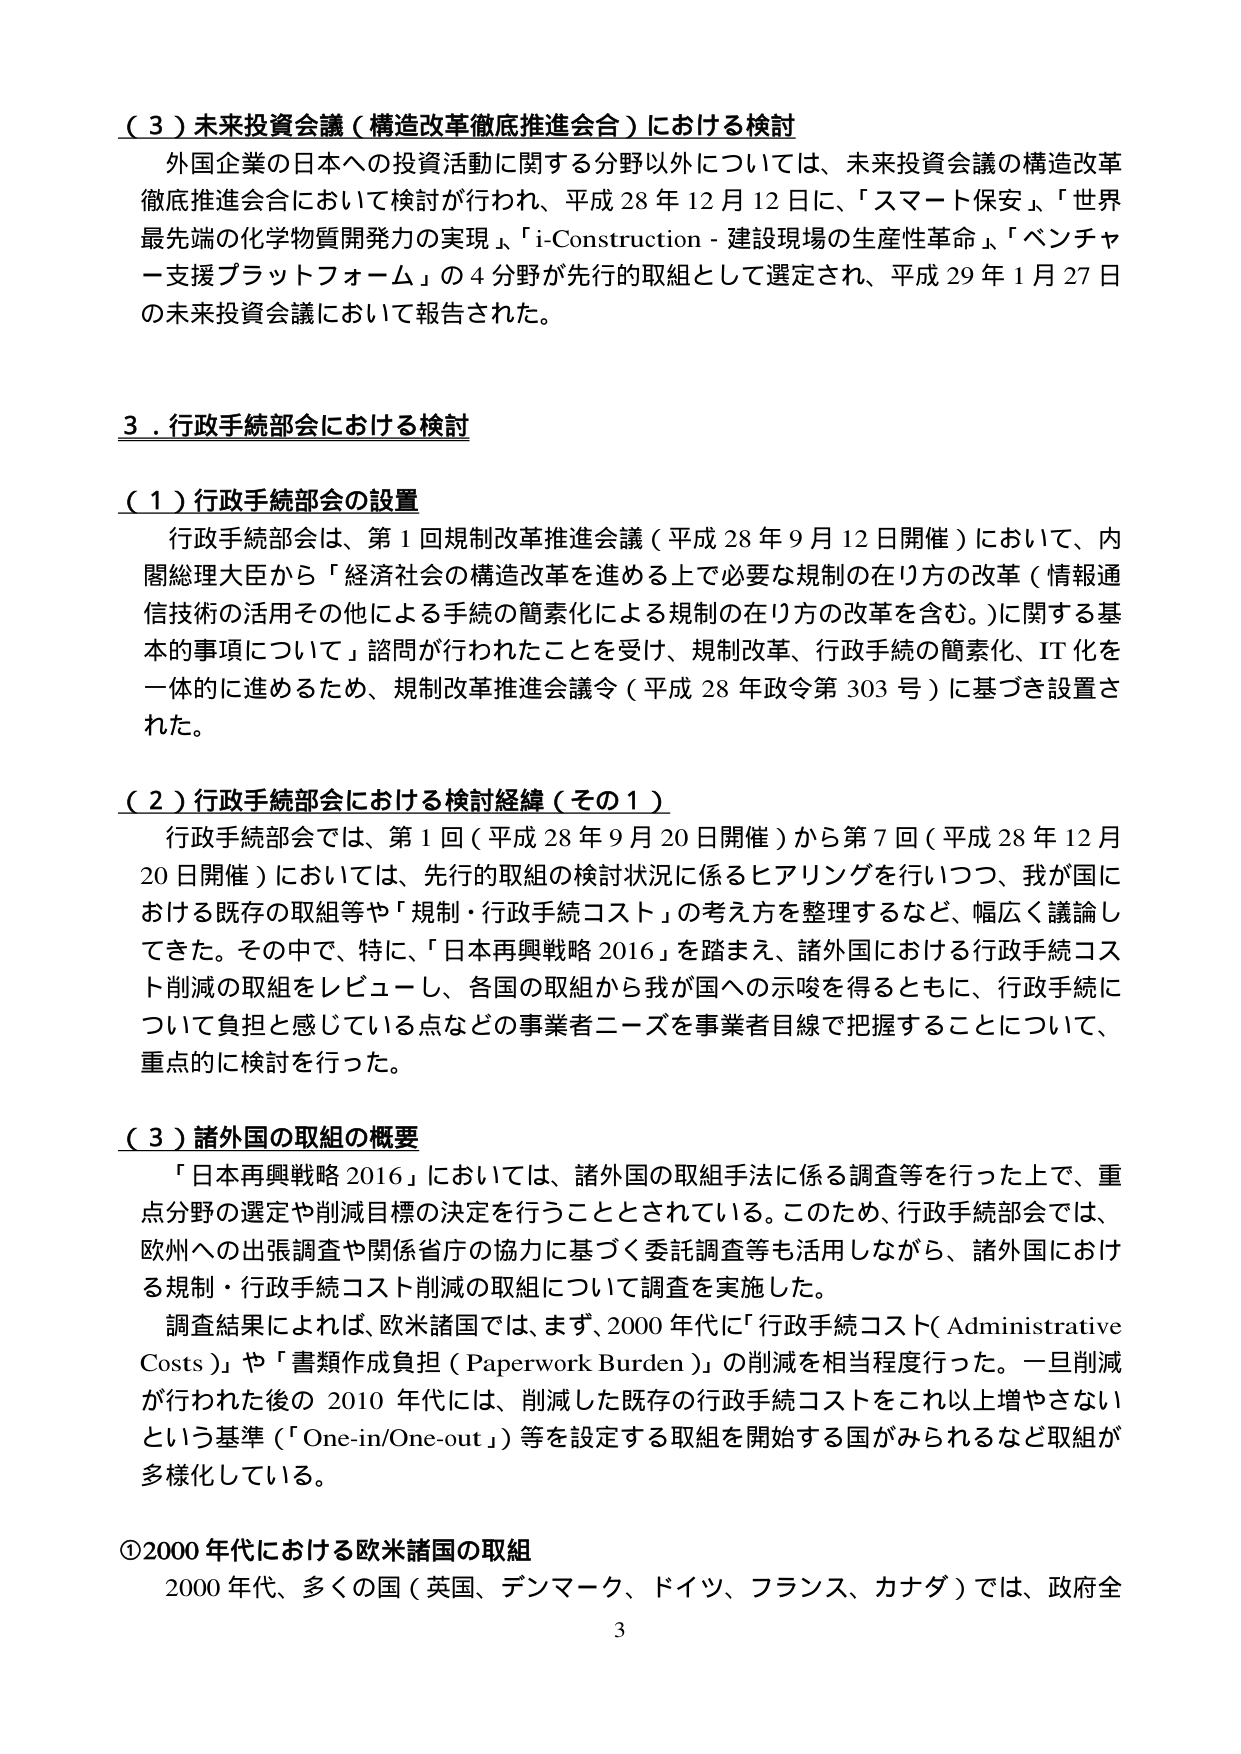
（３）未来投資会議（構造改革徹底推進会合）における検討
外国企業の日本への投資活動に関する分野以外については、未来投資会議の構造改革徹底推進会合において検討が行われ、平成28年12月12日に、「スマート保安」、「世界最先端の化学物質開発力の実現」、「i-Construction - 建設現場の生産性革命」、「ベンチャー支援プラットフォーム」の4分野が先行的取組として選定され、平成29年1月27日の未来投資会議において報告された。

３．行政手続部会における検討

（１）行政手続部会の設置
行政手続部会は、第1回規制改革推進会議（平成28年9月12日開催）において、内閣総理大臣から「経済社会の構造改革を進める上で必要な規制の在り方の改革（情報通信技術の活用その他による手続の簡素化による規制の在り方の改革を含む。）に関する基本的事項について」諮問が行われたことを受け、規制改革、行政手続の簡素化、IT化を一体的に進めるため、規制改革推進会議令（平成28年政令第303号）に基づき設置された。

（２）行政手続部会における検討経緯（その1）
行政手続部会では、第1回（平成28年9月20日開催）から第7回（平成28年12月20日開催）においては、先行的取組の検討状況に係るヒアリングを行いつつ、我が国における既存の取組等や「規制・行政手続コスト」の考え方を整理するなど、幅広く議論してきた。その中で、特に、「日本再興戦略2016」を踏まえ、諸外国における行政手続コスト削減の取組をレビューし、各国の取組から我が国への示唆を得るとともに、行政手続について負担と感じている点などの事業者ニーズを事業者目線で把握することについて、重点的に検討を行った。

（３）諸外国の取組の概要
「日本再興戦略2016」においては、諸外国の取組手法に係る調査等を行った上で、重点分野の選定や削減目標の決定を行うこととされている。このため、行政手続部会では、欧州への出張調査や関係省庁の協力に基づく委託調査等も活用しながら、諸外国における規制・行政手続コスト削減の取組について調査を実施した。
調査結果によれば、欧米諸国では、まず、2000年代に「行政手続コスト（Administrative Costs）」や「書類作成負担（Paperwork Burden）」の削減を相当程度行った。一旦削減が行われた後の2010年代には、削減した既存の行政手続コストをこれ以上増やさないという基準（「One-in/One-out」）等を設定する取組を開始する国がみられるなど取組が多様化している。

①2000年代における欧米諸国の取組
2000年代、多くの国（英国、デンマーク、ドイツ、フランス、カナダ）では、政府全

3